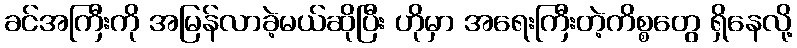
ခင်အကြီးကို အမြန်လာခဲ့မယ်ဆိုပြီး ဟိုမှာ အရေးကြီးတဲ့ကိစ္စတွေ ရှိနေလို့